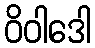
ဝိဝါဒေါ